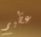
عظيم